Civil Veterinary Department Bihar & Orissa reports 1929-36 - 1929-1936
Year: 1929
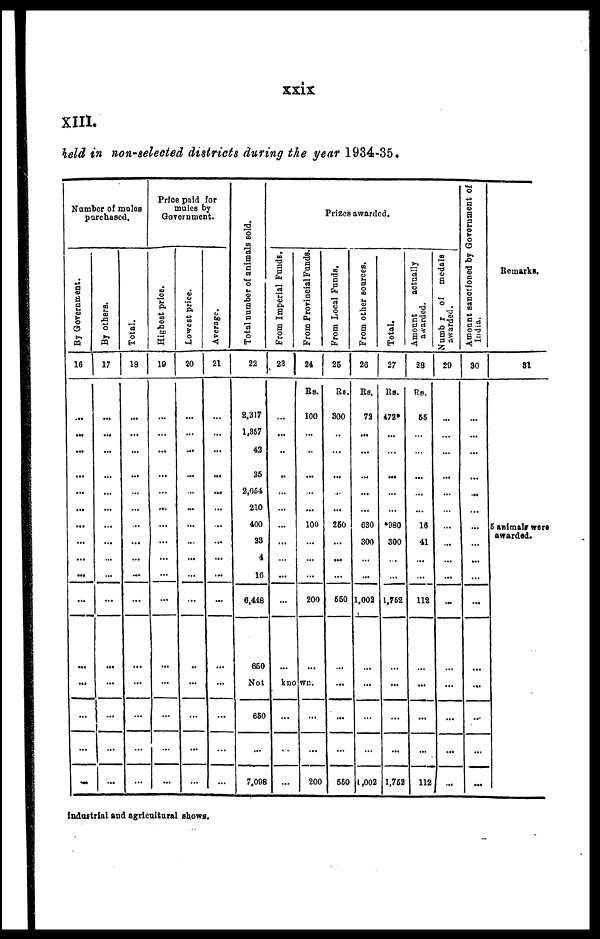
xxix
XIII.
held in non-selected districts during the year 1934-35.
Number of mules
purchased.
By Government.
16
...
...
...
...
...
...
...
...
...
...
...
...
...
...
...
By others.
17
...
...
...
...
...
...
...
...
...
...
...
...
...
...
...
Total.
18
...
...
...
...
...
...
...
...
...
...
...
...
...
...
...
Price paid for
mules by
Government.
Highest price.
19
...
...
...
...
...
...
...
...
...
...
...
...
...
...
...
Lowest price.
20
...
...
...
...
...
...
...
...
...
...
...
...
...
...
...
Average.
21
...
...
...
...
...
...
...
...
...
...
...
...
...
...
...
Total number of animals sold.
22
2,317
1,357
42
25
2,054
210
400
23
4
16
6,448
660
Not known.
660
7,098
Prizes awarded.
From Imperial Funds.
23
...
...
..
..
...
...
...
...
...
...
...
...
...
...
From Provincial Funds.
24
Rs.
100
...
...
...
...
...
100
...
...
...
200
...
...
...
200
From Local Funds.
26
Rs.
300
...
...
...
...
...
260
...
...
...
660
...
...
...
660
From other sources.
26
Rs.
72
...
...
...
...
...
630
300
...
...
1,002
...
...
...
1,002
Total.
27
Rs.
472*
...
...
...
...
...
*980
300
...
...
1,762
...
...
...
1,752
Amount
actually
awarded.
28
Rs.
55
...
...
...
...
...
16
41
...
...
112
...
...
...
112
Number
of
medals
awarded.
29
...
...
...
...
...
...
...
...
...
...
...
...
...
...
...
Amount sanctioned by Government of
India.
30
...
...
...
...
...
...
...
...
...
...
...
...
...
...
...
Remarks.
81
5 animals were
awarded.
Industrial and agricultural shows.